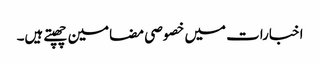
اخبارات میں خصوصی مضامین چھپتے ہیں۔